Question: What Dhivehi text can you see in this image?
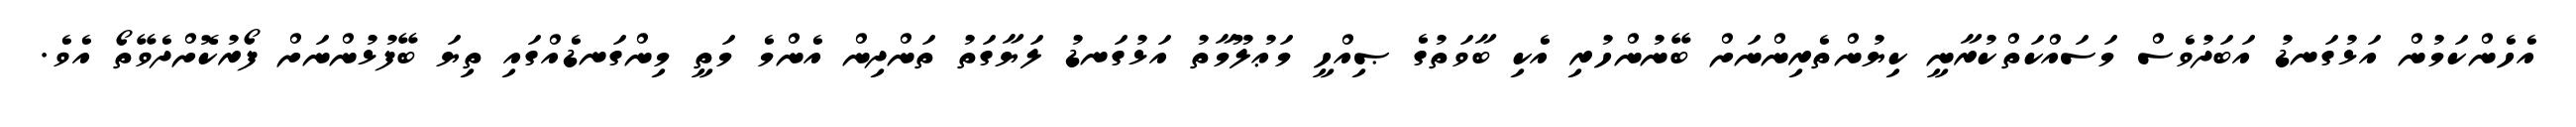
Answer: އެހެންކަމުން އަޅުގަނޑު އަބަދުވެސް މަސައްކަތްކުރާނީ ކިޔުންތެރިންނަށް ބޭނުންހުރި އެކި ބާވަތުގެ ޞިއްހީ މަޢުލޫމާތު އަޅުގަނޑު ލަޔާގަތު ތަންދިން އެންމެ މަތީ މިންގަނޑެއްގައި ތިޔަ ބޭފުޅުންނަށް ފޯރުކޮށްދެވޭތޯ އެވެ.